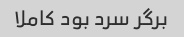
برگر سرد بود کاملا